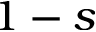
1 - s